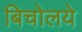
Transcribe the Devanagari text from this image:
बिचोलये